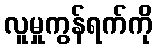
လူမှုကွန်ရက်ကို